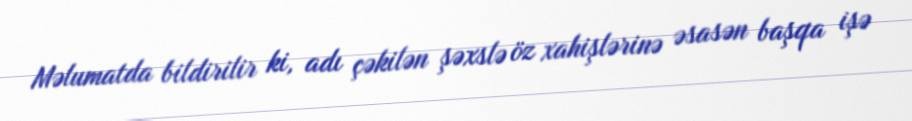
Məlumatda bildirilir ki, adı çəkilən şəxslə öz xahişlərinə əsasən başqa işə